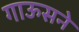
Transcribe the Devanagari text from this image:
गाऊसने